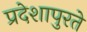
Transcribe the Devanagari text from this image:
प्रदेशापुरते